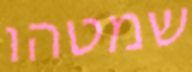
שמטהו